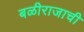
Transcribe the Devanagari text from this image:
बळीराजाची